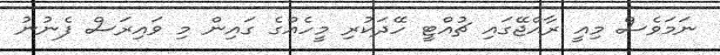
ނަމަވެސް މިއީ ރާއްޖޭގައި ޗުއްޓީ ހޭދަކުރި މީހެއްގެ ގައިން މި ވައިރަސް ފެނުނު